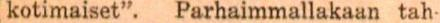
kotimaiset". Parhaimmallakaan tah-